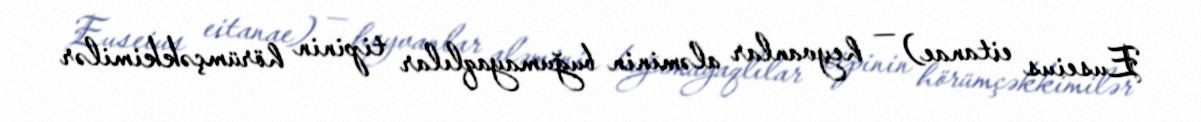
Euseius eitanae) — heyvanlar aləminin buğumayaqlılar tipinin hörümçəkkimilər